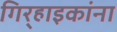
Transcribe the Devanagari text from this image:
गिर्‍हाइकांना